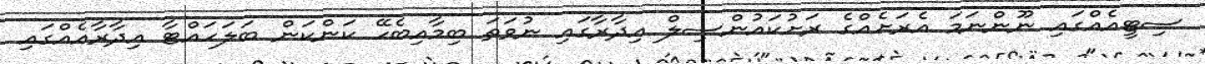
ސިޓީއެއްގައި ނޫންނަމަ އެރަށެއްގެ ރަށުކައުންސިލް އިދާރާގައި ނުވަތަ ބިމާއިބެހޭ ކަންކަން ބަލަހައްޓާ އިދާރާއެއްގައި